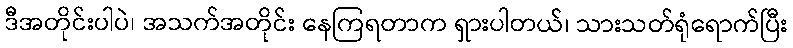
ဒီအတိုင်းပါပဲ၊ အသက်အတိုင်း နေကြရတာက ရှားပါတယ်၊ သားသတ်ရုံရောက်ပြီး